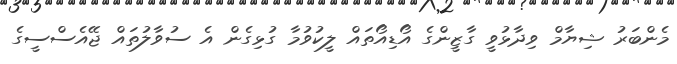
މެންބަރު ޝިޔާމް ވިދާޅުވީ ގާޒީންގެ އޯޑިއޯތައް ލީކުވުމާ ގުޅިގެން އެ ސުވާލުތައް ޖޭއެސްސީގެ